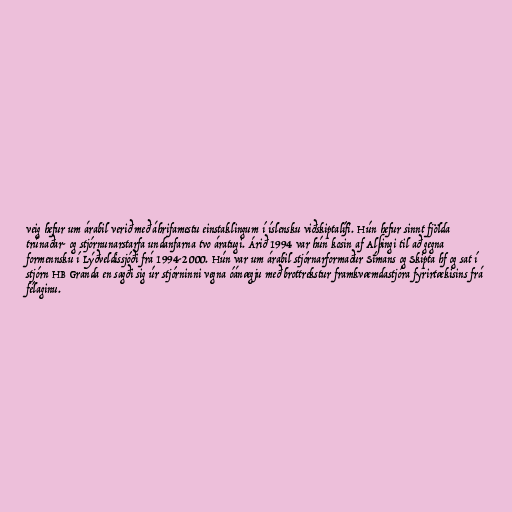
veig hefur um árabil verið með áhrifamestu einstaklingum í íslensku viðskiptalífi. Hún hefur sinnt fjölda
trúnaðar- og stjórnunarstarfa undanfarna tvo áratugi. Árið 1994 var hún kosin af Alþingi til að gegna
formennsku í Lýðveldissjóði frá 1994-2000. Hún var um árabil stjórnarformaður Símans og Skipta hf og sat í
stjórn HB Granda en sagði sig úr stjórninni vegna óánægju með brottrekstur framkvæmdastjóra fyrirtækisins frá
félaginu.